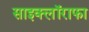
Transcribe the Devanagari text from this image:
साइक्लॉराफा